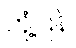
တုံ့ပြန်